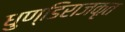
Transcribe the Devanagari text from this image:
धुण्डिराजकृत